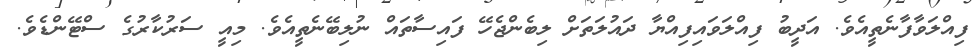
ފިއްލަވާފާނެތީއެވެ. އަދީބު ފިއްލަވައިފިއްޔާ ދައުލަތަށް ލިބެންޖެހޭ ފައިސާތައް ނުލިބޭނެތީއެވެ. މިއީ ސަރުކާރުގެ ސްޓޭންޑެވެ.